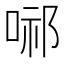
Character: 𭈢